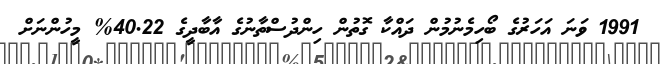
1991 ވަނަ އަހަރުގެ ބޯހިމެނުމުން ދައްކާ ގޮތުން ހިންދުސްތާނުގެ އާބާދީގެ 40.22% މީހުންނަށް